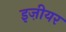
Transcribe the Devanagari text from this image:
इज़ीयर